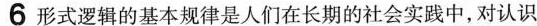
6 形式逻辑的基本规律是人们在长期的社会实践中，对认识